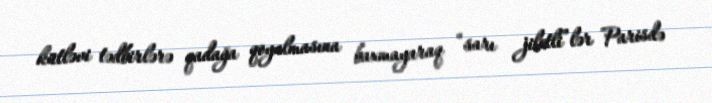
kütləvi tədbirlərə qadağa qoyulmasına baxmayaraq “sarı jiletli”lər Parisdə